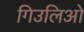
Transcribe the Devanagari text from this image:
गिउलिओ